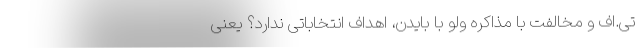
تی.اف و مخالفت با مذاکره ولو با بایدن، اهداف انتخاباتی ندارد؟ یعنی